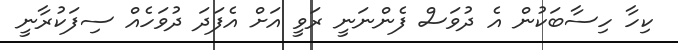
ކިހާ ހިސާބަކުން އެ ދުވަސް ފެންނަނީ ރަވީ އަށް އެފަދަ ދުވަހެއް ސިފަކުރާނީ